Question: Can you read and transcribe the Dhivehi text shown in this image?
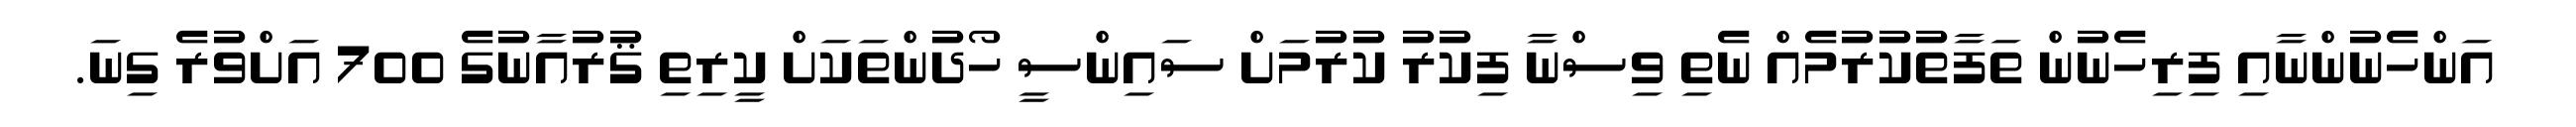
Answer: އަންހެނުންނާއި ފިރިހެނުން ތަފާތުކުރުމެއް ނެތި ވިސްނާ ފިކުރު ކުރުމަށް ސައިންސީ ހޯދުންތަކަށް ކީރިތި ޤުރުއާނުގެ 700 އަށްވުރެ ގިނަ.